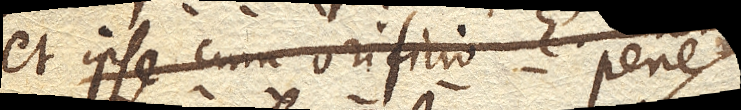
et ipse cum orificio E. pene